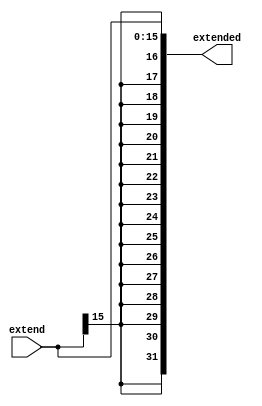
module SignExtender(
	input[15:0] extend,
	output[31:0] extended
);

always @(extend) begin
    extended[31:0] <= { {16{extend[15]}}, extend[15:0] };
end

endmodule